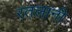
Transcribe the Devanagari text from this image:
रतलानी